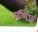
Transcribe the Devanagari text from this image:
मणिउर